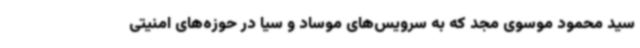
سید محمود موسوی مجد که به سرویس‌های موساد و سیا در حوزه‌های امنیتی